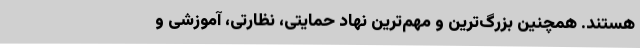
هستند. همچنین بزرگ‌ترین و مهم‌ترین نهاد حمایتی، نظارتی، آموزشی و